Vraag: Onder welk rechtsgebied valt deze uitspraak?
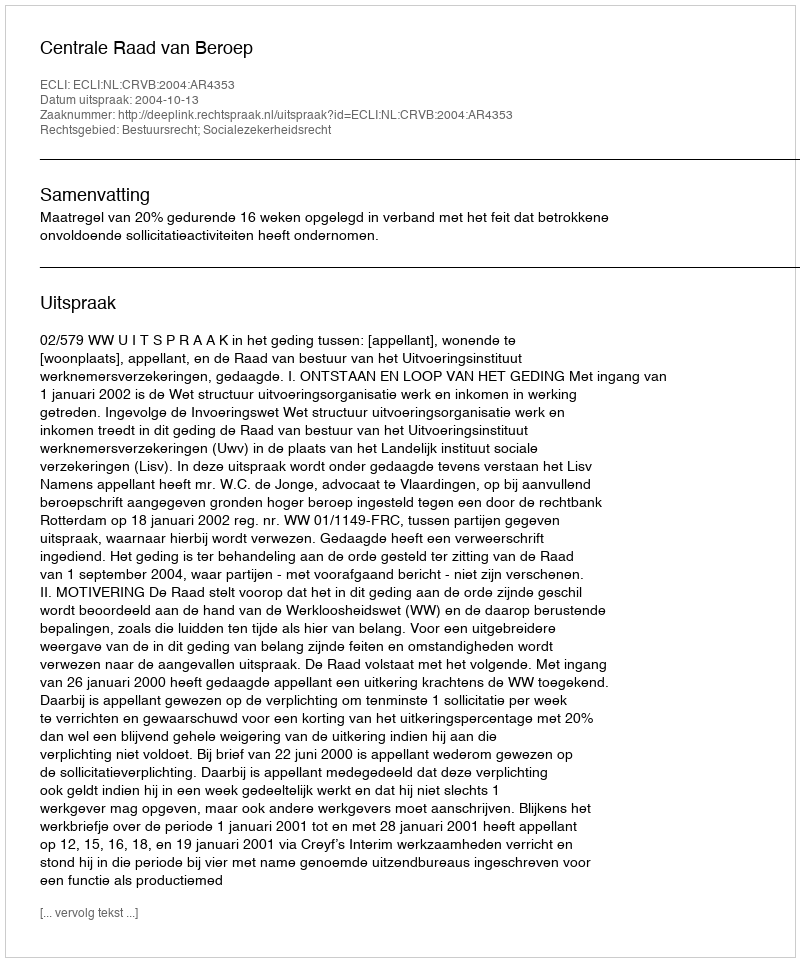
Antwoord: Bestuursrecht; Socialezekerheidsrecht